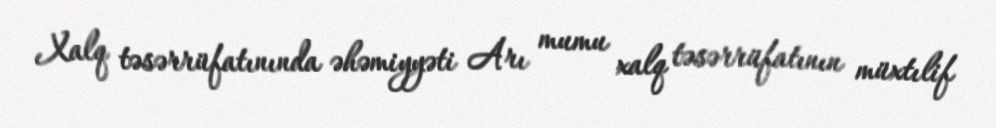
Xalq təsərrüfatınında əhəmiyyəti Arı mumu xalq təsərrüfatının müxtılif